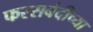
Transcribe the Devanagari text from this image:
फरसबंदीच्या